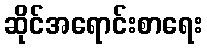
ဆိုင်အရောင်းစာရေး